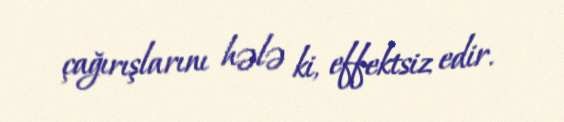
çağırışlarını hələ ki, effektsiz edir.